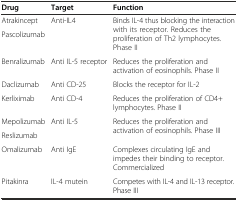
<table><thead><tr><td><b>Drug</b></td><td><b>Target</b></td><td><b>Function</b></td></tr></thead><tbody><tr><td>Atrakincept</td><td rowspan="2">Anti-IL4</td><td rowspan="2">Binds IL-4 thus blocking the interaction with its receptor. Reduces the proliferation of Th2 lymphocytes. Phase II</td></tr><tr><td>Pascolizumab</td></tr><tr><td>Benralizumab</td><td>Anti IL-5 receptor</td><td>Reduces the proliferation and activation of eosinophils. Phase II</td></tr><tr><td>Daclizumab</td><td>Anti CD-25</td><td>Blocks the receptor for IL-2</td></tr><tr><td>Kerliximab</td><td>Anti CD-4</td><td>Reduces the proliferation of CD4+ lymphocytes. Phase II</td></tr><tr><td>Mepolizumab</td><td rowspan="2">Anti IL-5</td><td rowspan="2">Reduces the proliferation and activation of eosinophils. Phase III</td></tr><tr><td>Reslizumab</td></tr><tr><td>Omalizumab</td><td>Anti IgE</td><td>Complexes circulating IgE and impedes their binding to receptor. Commercialized</td></tr><tr><td>Pitakinra</td><td>IL-4 mutein</td><td>Competes with IL-4 and IL-13 receptor. Phase III</td></tr></tbody></table>